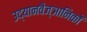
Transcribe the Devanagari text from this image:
उद्यानवैज्ञानिकों